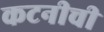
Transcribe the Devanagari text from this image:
कटनीची